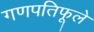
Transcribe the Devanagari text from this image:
गणपतिफूले